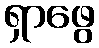
ရှာဖွေ